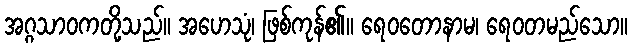
အဂ္ဂသာဝကတို့သည်။ အဟေသုံ၊ ဖြစ်ကုန်၏။ ရေဝတောနာမ၊ ရေဝတမည်သော။